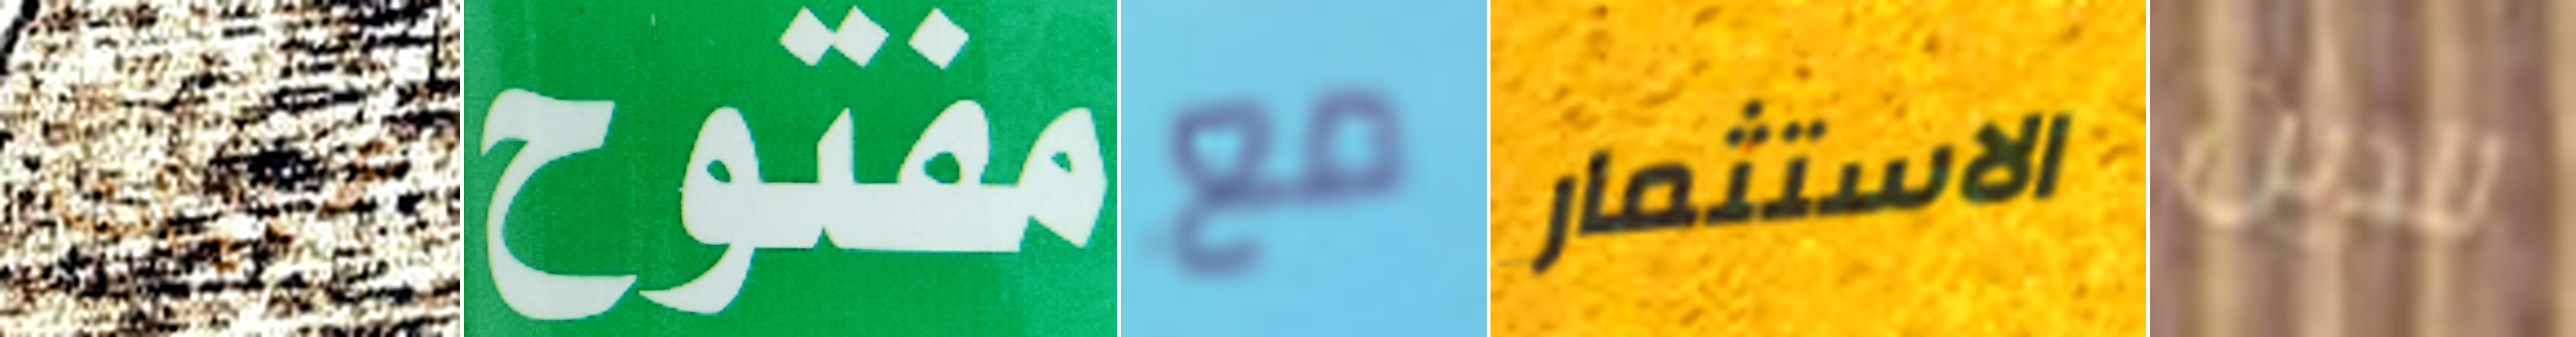
عمليات مفتوح مع الاستثمار للذين